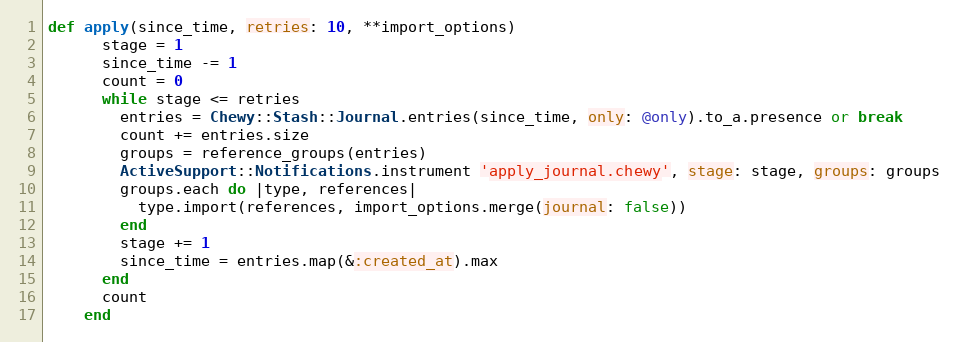
Language: Ruby
def apply(since_time, retries: 10, **import_options)
      stage = 1
      since_time -= 1
      count = 0
      while stage <= retries
        entries = Chewy::Stash::Journal.entries(since_time, only: @only).to_a.presence or break
        count += entries.size
        groups = reference_groups(entries)
        ActiveSupport::Notifications.instrument 'apply_journal.chewy', stage: stage, groups: groups
        groups.each do |type, references|
          type.import(references, import_options.merge(journal: false))
        end
        stage += 1
        since_time = entries.map(&:created_at).max
      end
      count
    end